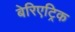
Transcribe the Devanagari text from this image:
बेरिएट्रिक